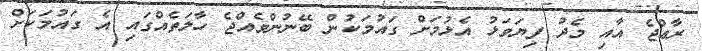
ރާޢްޖެ އާއި މެދު ފިޔަވަޅު އެޅުމަށް ގައުމަކުން ބޭނުންވެއްޖެ ހާލަތެއްގައި އެ ގައުމަކަށް